Tartu_pedagoogiumi_aruanded, lk 78
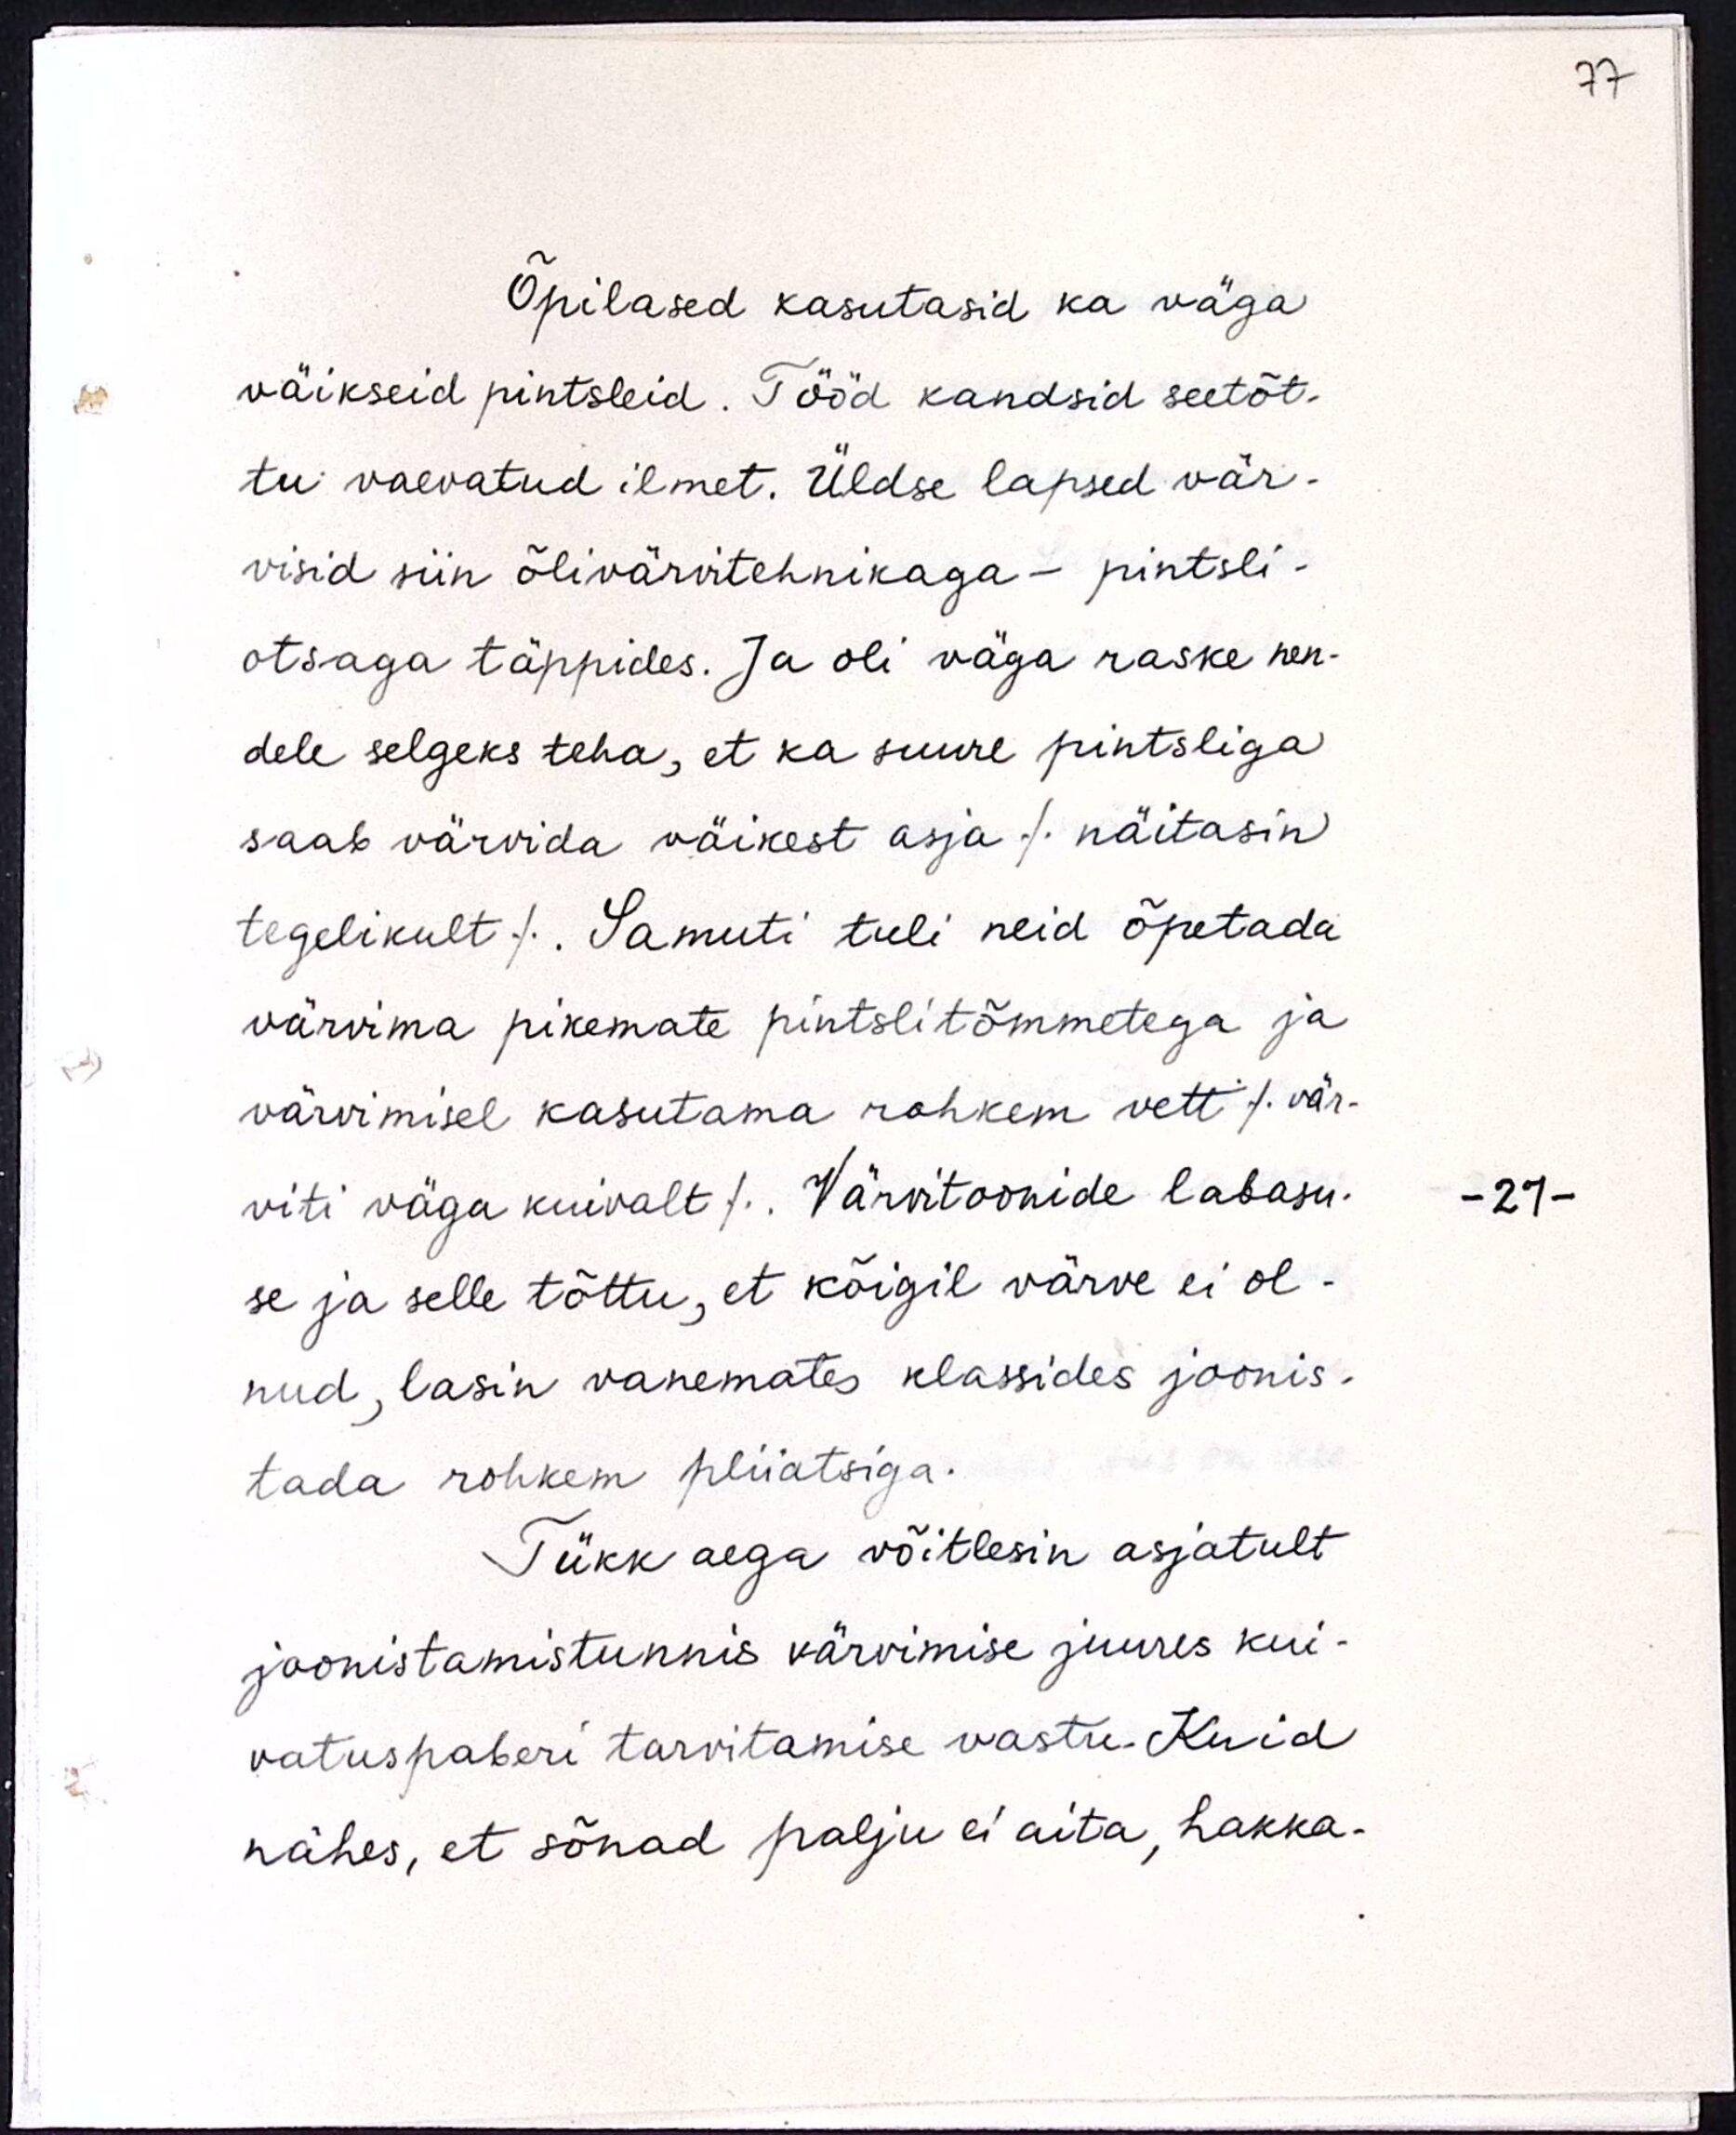
Õpilased kasutasid ka väga
väikseid pintseleid. Tööd kandsid seetõt-
tu vaevatud ilmet. Üldse lapsed vär-
visid siin õlivärvitehnikaga - pintsli-
otsaga täppides. Ja oli väga raske nen-
dele selgeks teha, et ka suure pintsliga
saab värvida väikest asja /näitasin
tegelikult / Samuti tuli neid õpetada
värvima pikemate pintslitõmmetega ja
värvimisel kasutama rohkem vett / vär-
viti väga kuivalt/ Värvitoonide labasu-
se ja selle tõttu, et kõigil värve ei ol-
nud, lasin vanemates klassides joonis-
tada rohkem pliiatsiga.
Tükk aega võitlesin asjatult
joonistamistunnis värvimise juures kui-
vatuspaberi tarvitamise vastu. Kuid
nähes, et sõnad palju ei aita, hakka-